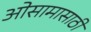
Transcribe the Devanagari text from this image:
ओसामासाठी